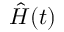
\hat { H } ( t )